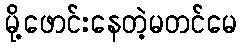
မို့ဖောင်းနေတဲ့မတင်မေ